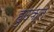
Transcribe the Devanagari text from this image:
हुउक्त